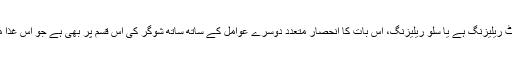
کوئی ایک غذا فاسٹ ریلیزنگ ہے یا سلو ریلیزنگ، اس بات کا انحصار متعدد دوسرے عوامل کے ساتھ ساتھ شوگر کی اس قسم پر بھی ہے جو اس غذا میں پائی جاتی ہے۔